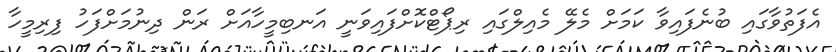
އެފަތުވާގައި ބުނެފައިވާ ކަމަށް މެލޭ މެއިލްގައި ރިޕޯޓްކޮށްފައިވަނީ އަނބިމީހާއަށް ރަން ދިނުމަށްފަހު ފިރިމީހާ